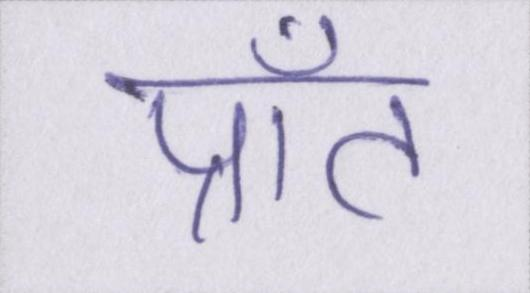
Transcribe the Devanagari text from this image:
प्राँत